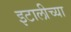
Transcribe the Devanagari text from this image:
इटालीच्या